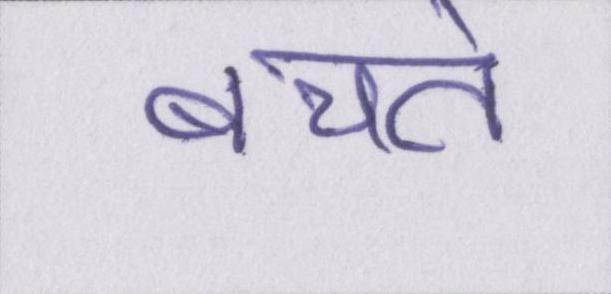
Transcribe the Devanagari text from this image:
बचते